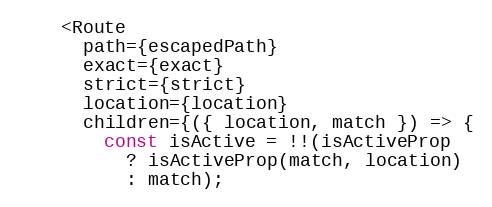
Language: JavaScript
    <Route
      path={escapedPath}
      exact={exact}
      strict={strict}
      location={location}
      children={({ location, match }) => {
        const isActive = !!(isActiveProp
          ? isActiveProp(match, location)
          : match);